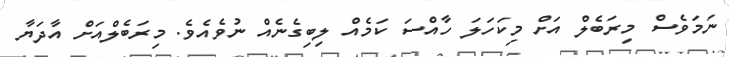
ނަމަވެސް މިރަބެލް އަށް މިކަހަލަ ހާއްސަ ކަމެއް ލިބިގެނެއް ނުވެއެވެ. މިރަބެލްއަށް އާދަޔާ